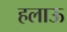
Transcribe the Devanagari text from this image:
हलाऊ